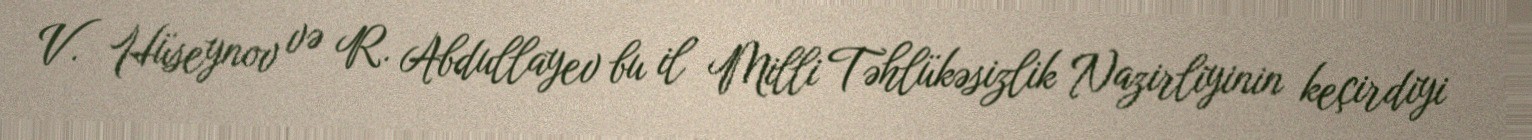
V. Hüseynov və R. Abdullayev bu il Milli Təhlükəsizlik Nazirliyinin keçirdiyi